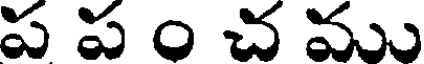
ప ప ం చ ము